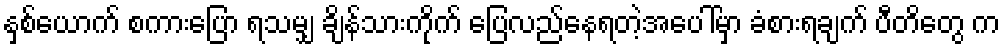
နှစ်ယောက် စကားပြော ရသမျှ ချိန်သားကိုက် ပြေလည်နေရတဲ့အပေါ်မှာ ခံစားရချက် ပီတိတွေ က